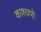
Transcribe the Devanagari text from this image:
काश्यपो